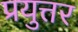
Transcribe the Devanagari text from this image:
प्रयुत्तर